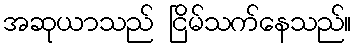
အဆုယာသည် ငြိမ်သက်နေသည်။